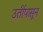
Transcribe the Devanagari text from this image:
उतींपासून